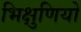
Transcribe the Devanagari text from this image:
भिक्षुणियो